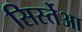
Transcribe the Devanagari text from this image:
सिर्स्तेआ